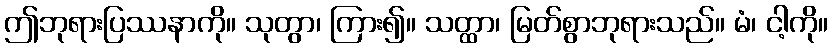
ဤဘုရားပြဿနာကို။ သုတွာ၊ ကြား၍။ သတ္ထာ၊ မြတ်စွာဘုရားသည်။ မံ၊ ငါ့ကို။